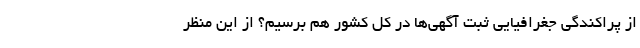
از پراکندگی جغرافیایی ثبت آگهی‌ها در کل کشور هم برسیم؟ از این منظر